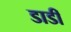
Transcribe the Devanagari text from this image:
डाडीं